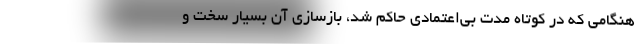
هنگامی که در کوتاه مدت بی‌اعتمادی حاکم شد، بازسازی آن بسیار سخت و